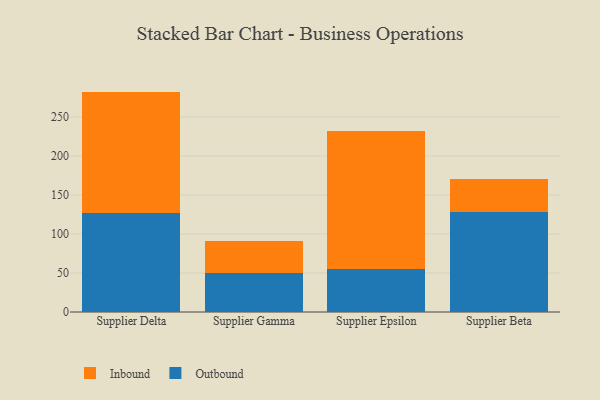
{"axis": {"x": "Supplier", "y": "Gross Profit (USD K)"}, "legend": ["Inbound", "Outbound"], "data": [{"x": "Supplier Delta", "y": 126.4, "type": "Outbound"}, {"x": "Supplier Delta", "y": 156.3, "type": "Inbound"}, {"x": "Supplier Gamma", "y": 49.7, "type": "Outbound"}, {"x": "Supplier Gamma", "y": 41.7, "type": "Inbound"}, {"x": "Supplier Epsilon", "y": 54.8, "type": "Outbound"}, {"x": "Supplier Epsilon", "y": 176.8, "type": "Inbound"}, {"x": "Supplier Beta", "y": 128.7, "type": "Outbound"}, {"x": "Supplier Beta", "y": 41.5, "type": "Inbound"}]}